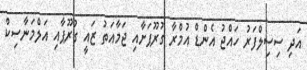
އަދި ސިސިލްފަރު ހައްޖު އެންޑް އުމްރާ ގުރޫޕަށާއި ޖަމާއަތު ޒައީ ގުރޫޕާއި އަލްމަނާސިކް